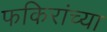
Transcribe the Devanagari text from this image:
फकिरांच्या